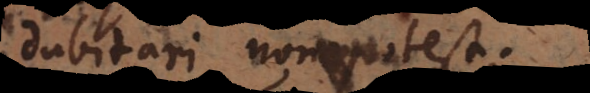
dubitari non potest.